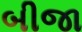
બીજા